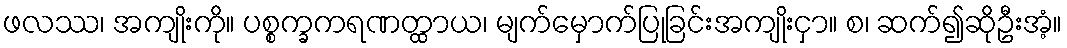
ဖလဿ၊ အကျိုးကို။ ပစ္စက္ခကရဏတ္ထာယ၊ မျက်မှောက်ပြုခြင်းအကျိုးငှာ။ စ၊ ဆက်၍ဆိုဦးအံ့။